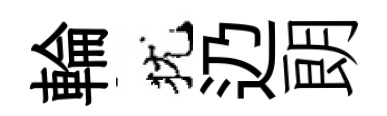
輪犹辸朗